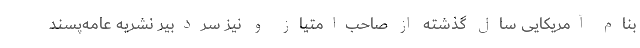
بنام آمریکایی سال گذشته از صاحب‌امتیاز و نیز سردبیر نشریهٔ عامه‌پسند